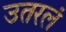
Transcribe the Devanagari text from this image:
उतरलं